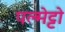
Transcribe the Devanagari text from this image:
पल्मेट्टो